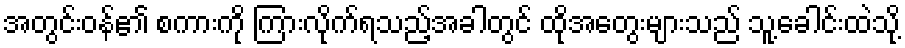
အတွင်းဝန်၏ စကားကို ကြားလိုက်ရသည့်အခါတွင် ထိုအတွေးများသည် သူ့ခေါင်းထဲသို့